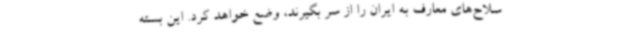
سلاح‌های معارف به ایران را از سر بگیرند، وضع خواهد کرد. این بسته